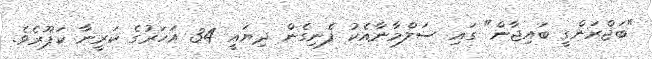
"ބަޖްރަންގީ ބައިޖާން" ގައި ސަލްމާނާއެކު ފެނިގެން ދިޔައީ 34 އަހަރުގެ ކަރީނާ ކަޕޫރެވެ.